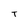
Character: T